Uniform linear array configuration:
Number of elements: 8
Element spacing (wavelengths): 0.75
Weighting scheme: hamming
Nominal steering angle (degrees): -60
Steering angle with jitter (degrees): -58.716
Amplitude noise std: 0.05
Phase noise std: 0.05

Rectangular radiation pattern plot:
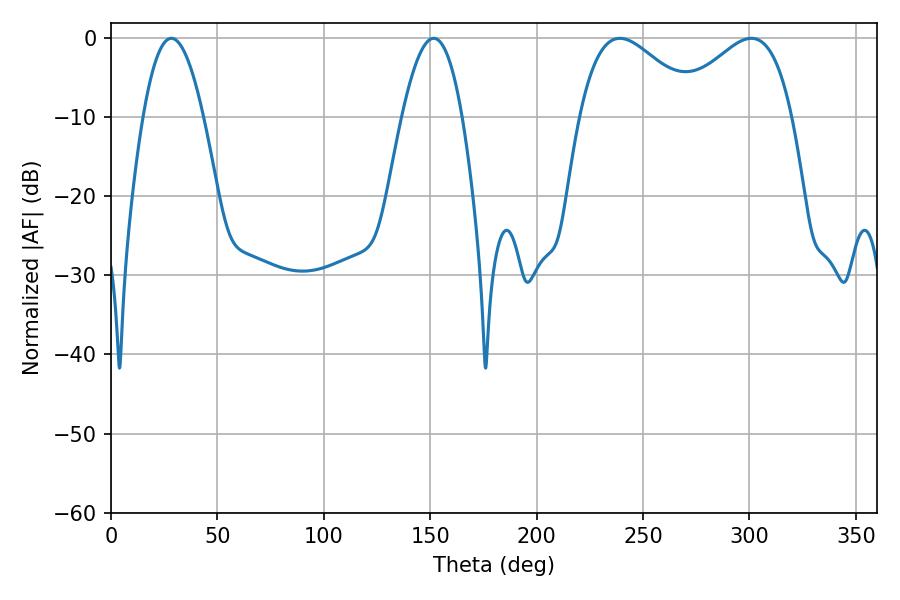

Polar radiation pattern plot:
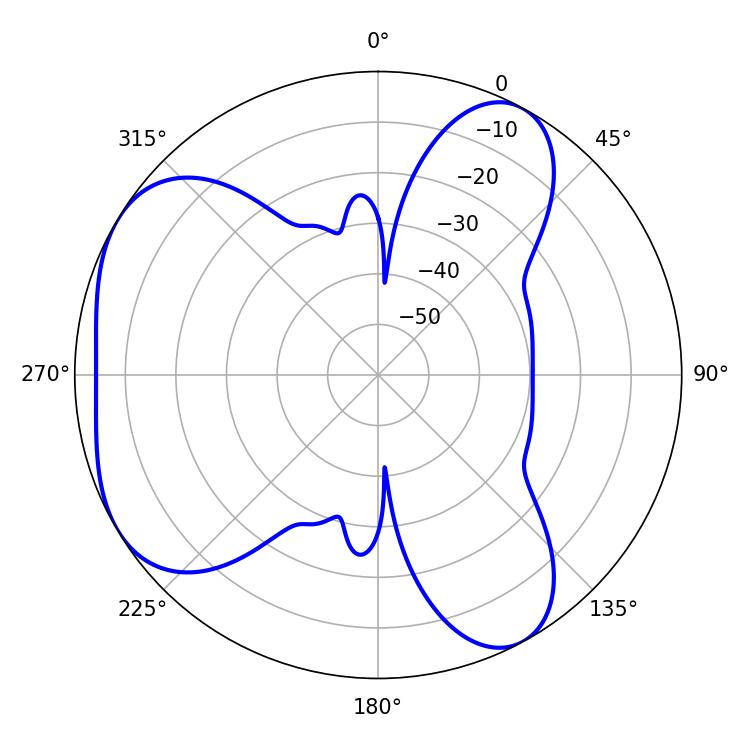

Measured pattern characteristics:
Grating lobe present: TRUE
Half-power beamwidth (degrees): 30.24
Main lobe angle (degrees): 300.96